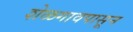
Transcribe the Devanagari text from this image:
शेळगावपासून